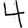
Digit: 4